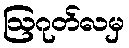
ဩဂုတ်လမှ